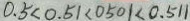
0 . 5 < 0 . 5 1 < 0 5 0 1 < 0 . 5 1 1